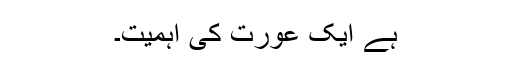
ہے ایک عورت کی اہمیت۔